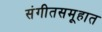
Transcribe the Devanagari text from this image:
संगीतसमूहात